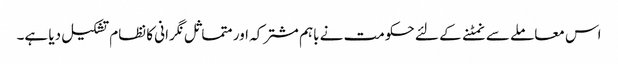
اس معاملے سے نمٹنے کے لئے حکومت نے باہم مشترکہ اور متماثل نگرانی کا نظام تشکیل دیا ہے۔